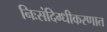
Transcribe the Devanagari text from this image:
निःसंदिग्धीकरणात